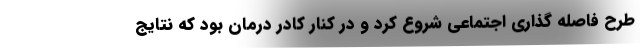
طرح فاصله گذاری اجتماعی شروع کرد و در کنار کادر درمان بود که نتایج